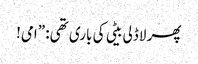
پھر لاڈلی بیٹی کی باری تھی: ”امی!